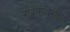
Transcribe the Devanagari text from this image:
शूद्रकविरचित